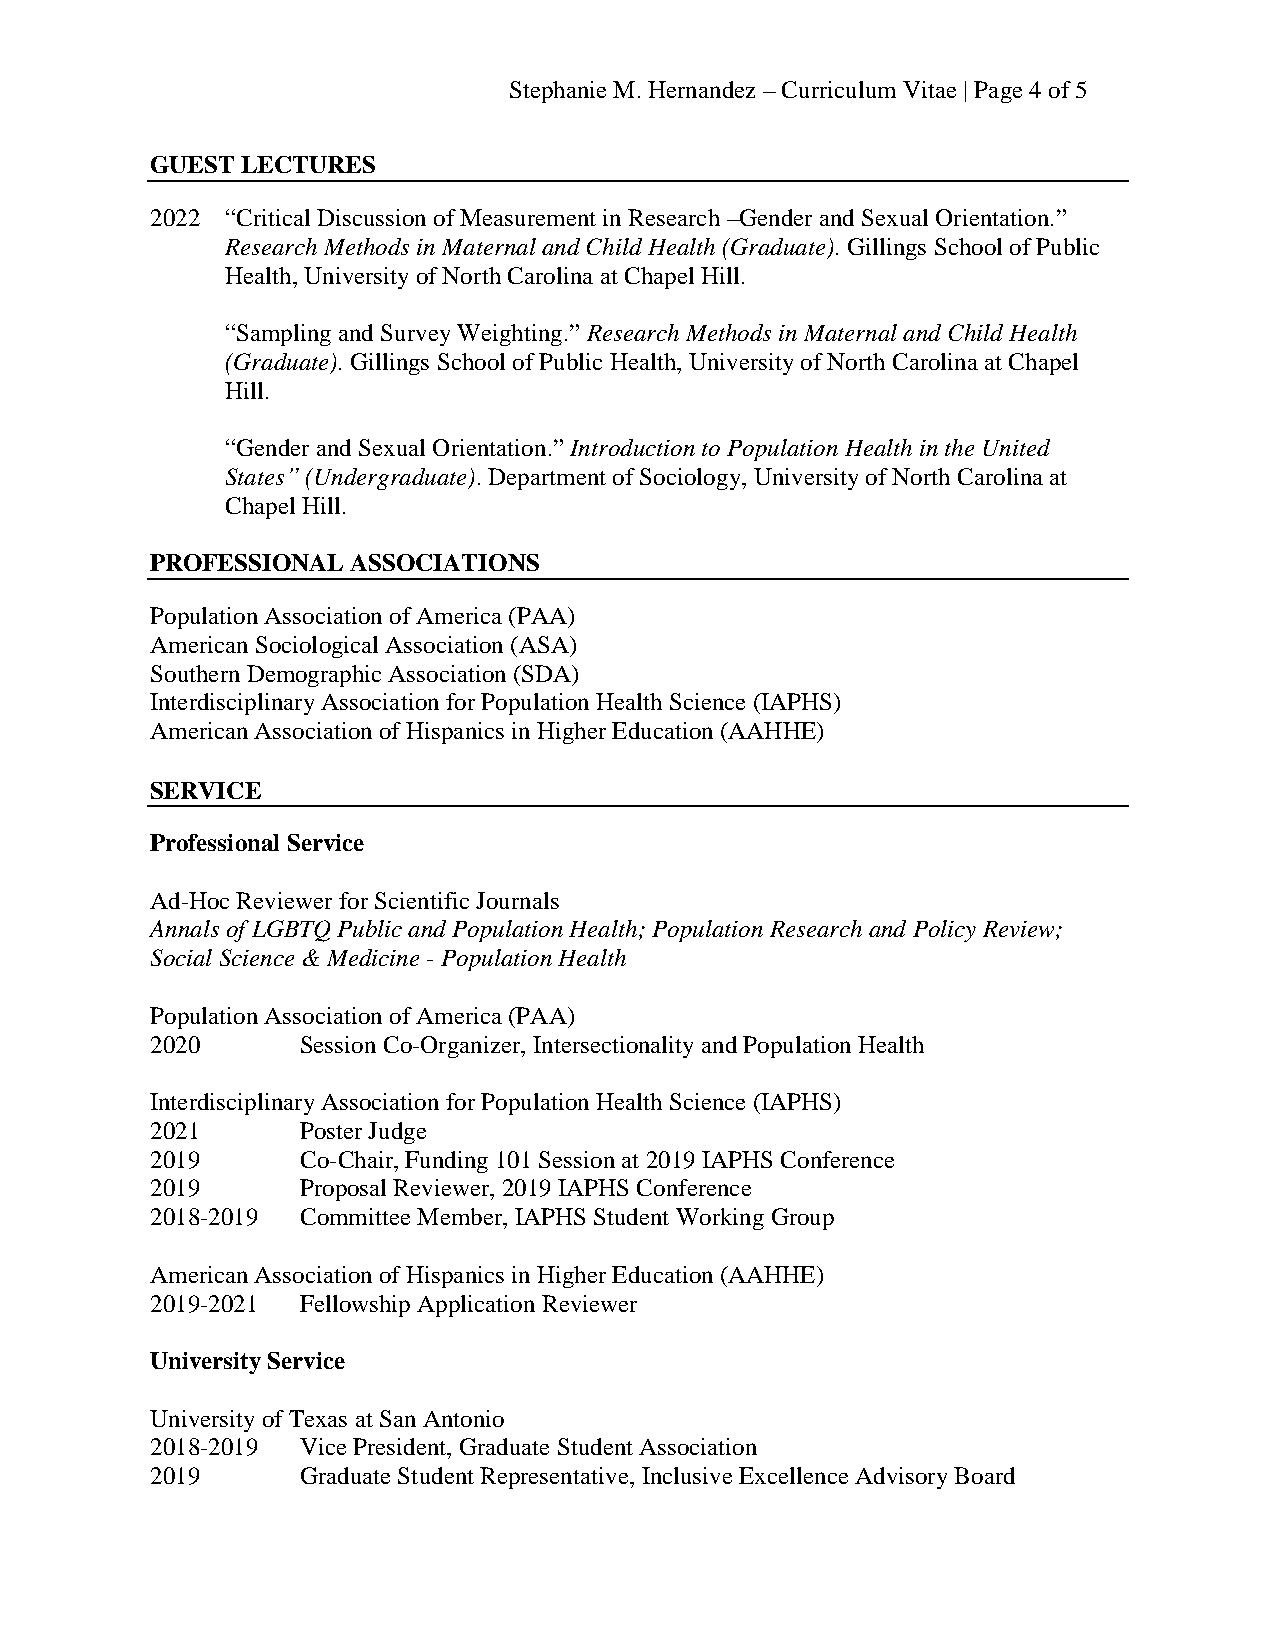
Stephanie M. Hernandez – Curriculum Vitae | Page 4 of 5
 GUEST LECTURES
 2022 “Critical Discussion of Measurement in Research –Gender and Sexual Orientation.”
 Research Methods in Maternal and Child Health (Graduate). Gillings School of Public
 Health, University of North Carolina at Chapel Hill.
 “Sampling and Survey Weighting.” Research Methods in Maternal and Child Health
 (Graduate). Gillings School of Public Health, University of North Carolina at Chapel
 Hill.
 “Gender and Sexual Orientation.” Introduction to Population Health in the United
 States” (Undergraduate). Department of Sociology, University of North Carolina at
 Chapel Hill.
 PROFESSIONAL ASSOCIATIONS
 Population Association of America (PAA)
 American Sociological Association (ASA)
 Southern Demographic Association (SDA)
 Interdisciplinary Association for Population Health Science (IAPHS)
 American Association of Hispanics in Higher Education (AAHHE)
 SERVICE
 Professional Service
 Ad-Hoc Reviewer for Scientific Journals
 Annals of LGBTQ Public and Population Health; Population Research and Policy Review;
 Social Science & Medicine - Population Health
 Population Association of America (PAA)
 2020      Session Co-Organizer, Intersectionality and Population Health
 Interdisciplinary Association for Population Health Science (IAPHS)
 2021      Poster Judge
 2019      Co-Chair, Funding 101 Session at 2019 IAPHS Conference
 2019      Proposal Reviewer, 2019 IAPHS Conference
 2018-2019 Committee Member, IAPHS Student Working Group
 American Association of Hispanics in Higher Education (AAHHE)
 2019-2021 Fellowship Application Reviewer
 University Service
 University of Texas at San Antonio
 2018-2019 Vice President, Graduate Student Association
 2019      Graduate Student Representative, Inclusive Excellence Advisory Board